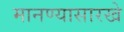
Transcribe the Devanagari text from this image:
मानण्यासारखे